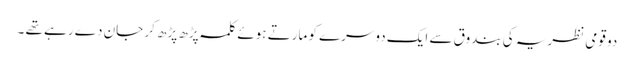
دو قومی نظریہ کی بندوق سے ایک دوسرے کو مارتے ہوئے کلمہ پڑھ پڑھ کر جان دے رہے تھے ۔